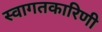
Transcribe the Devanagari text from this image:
स्वागतकारिणी